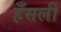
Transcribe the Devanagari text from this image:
हँसली